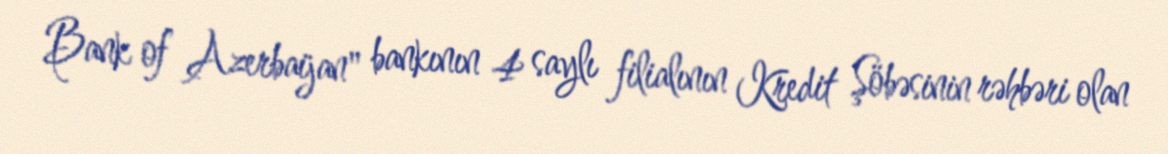
Bank of Azerbaijan" bankının 4 saylı filialının Kredit Şöbəsinin rəhbəri olan